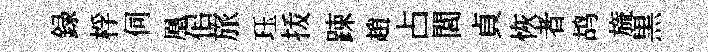
録桴伺凰佀旅珏㧞踈趙占閭貞恢者鸪旒黒